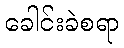
ခေါင်းခဲစရာ